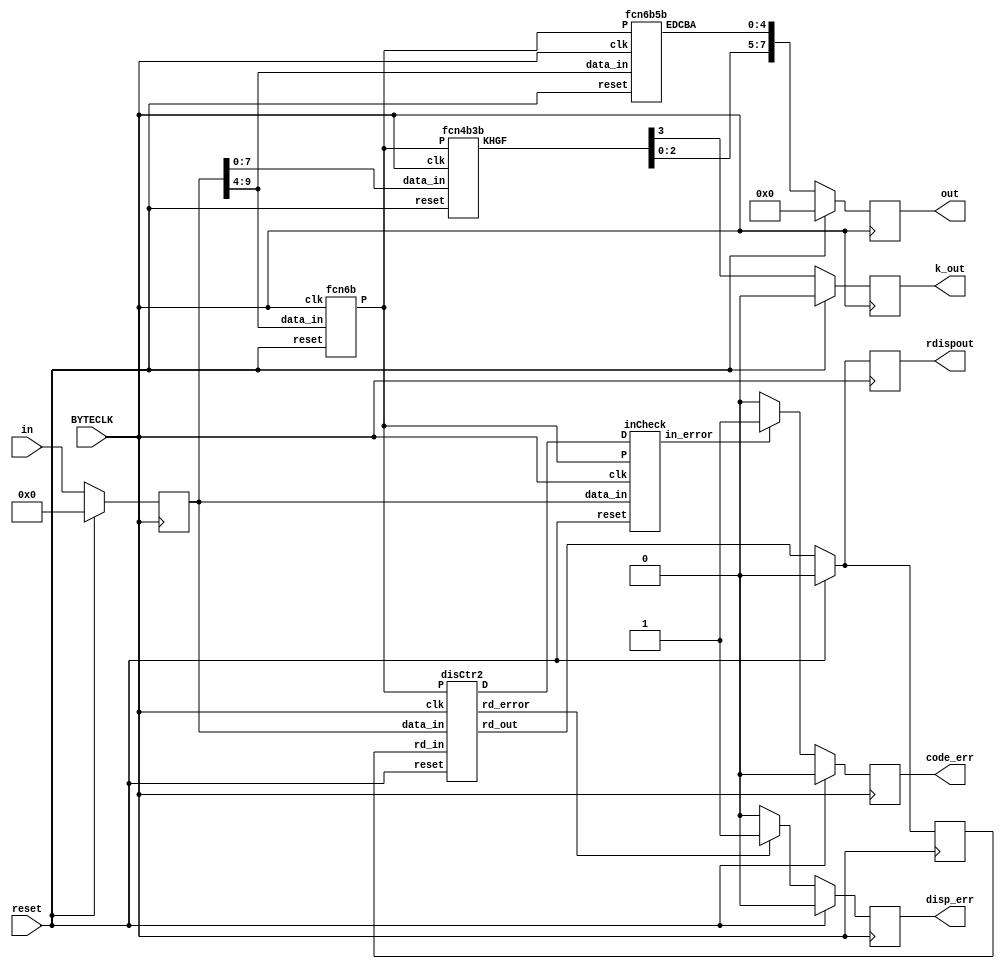
`timescale 1ns / 1ps
//////////////////////////////////////////////////////////////////////////////////
// Company: 
// Engineer: 
// 
// Design Name: 
// Module Name: Dec8B10B
// Project Name: 
// Target Devices: 
// Tool Versions: 
// Description: 
// 
// Dependencies: 
// 
// Revision:
// Revision 0.01 - File Created
// Additional Comments:
// 
//////////////////////////////////////////////////////////////////////////////////


module Dec8B10B(
    input BYTECLK, 
    input reset,
    input [9:0] in,
    output reg rdispout,
    output reg disp_err,
    output reg code_err,
    output reg k_out,
    output reg [7:0] out
    );
    
    // Variable to hold values 
    wire clk = BYTECLK; 
    wire [4:0] EDCBA;
    wire [3:0] KHGF, D;
    wire [2:0] P;
    wire rd_out, rd_error, in_error;
    
    reg [9:0] data_in;
    reg rd_in;
    
    fcn6b   f6b(clk, reset, data_in[9:4], P);
    inCheck err(clk, reset, data_in, P, D, in_error); 
    fcn6b5b f65(clk, reset, data_in[9:4], P, EDCBA);
    fcn4b3b f43(clk, reset, data_in[7:0], P, KHGF);
    disCtr2 dis(clk, reset, data_in, rd_in, P, D, rd_out, rd_error);
    
    always @(posedge clk)
    begin
        if (reset) begin 
            data_in = 0;
            rd_in = 0;
        end else begin
            rd_in = rd_out; 
            data_in = in;
        end
    end
    
    always @(posedge clk)
    begin
        if (reset) begin 
            out <= 8'b0;
            k_out <= 0;
            disp_err <= 0;
            code_err <= 0;
            rdispout <= 0;
        end else begin 
            out <= {KHGF[2:0], EDCBA};
            k_out <= KHGF[3];
            rdispout <= rd_out;
            // If there is error from input, set 1 to code_err, ignore the result
            if (in_error)   code_err <= 1;
            else            code_err <= 0;
            // If there is disparity error, set 1 to disp_err, still give out result
            if (rd_error)   disp_err <= 1;
            else            disp_err <= 0;
        end
    end
endmodule


`timescale 1ns / 1ps
//////////////////////////////////////////////////////////////////////////////////
// Company: 
// Engineer: 
// 
// Design Name: 
// Module Name: fcn6b
// Project Name: 
// Target Devices: 
// Tool Versions: 
// Description: 
// 
// Dependencies: 
// 
// Revision:
// Revision 0.01 - File Created
// Additional Comments:
// 
//////////////////////////////////////////////////////////////////////////////////


module fcn6b(
    input clk, 
    input reset,
    input [5:0] data_in,
    output [2:0] P
    );
    
    wire a, b, c, d, e, i, P13, P22, P31;
    assign {a, b, c, d, e, i} = data_in;
    
    assign P13 = ((a^b) & ~c & ~d) | 
                 (~a & ~b & (c^d)) ;                // a and b diff, c=d=0 OR a=b=0, c and d diff
    assign P31 = ((a^b) & c & d) | (a & b & (c^d)); // a and b diff, c=d=1 OR a=b=1, c and d diff 
    assign P22 = (a & b & ~c & ~d) |
                 (c & d & ~a & ~b) |                  // a=b=1, c=d=0 OR a=b=0, c=d=1
                 ((a^b) & (c^d)) ;                    // a,b diff, c,d diff, so 2 1s and 2 0s         
     assign P = {P13, P22, P31};
endmodule


`timescale 1ns / 1ps
//////////////////////////////////////////////////////////////////////////////////
// Company: 
// Engineer: 
// 
// Design Name: 
// Module Name: inCheck
// Project Name: 
// Target Devices: 
// Tool Versions: 
// Description: 
// 
// Dependencies: 
// 
// Revision:
// Revision 0.01 - File Created
// Additional Comments:
// 
//////////////////////////////////////////////////////////////////////////////////


module inCheck(
    input clk, 
    input reset,
    input [9:0] data_in,
    input [2:0] P,
    input [3:0] D,
    output in_error
    );
    
    wire a, b, c, d, e, i, f, g, h, j;
    assign {a, b, c, d, e, i, f, g, h, j} = data_in;
    wire P13, P22, P31, PD0S6, ND0S6, PD0S4, ND0S4; 
    assign {P13, P22, P31} = P;
    assign {PD0S6, ND0S6, PD0S4, ND0S4} = D;
    
    // All invalid input cases
    reg case1, case2, case3, case4, case5, case6, case7, case8, case9; 
    always @(posedge clk) 
    begin
        // These cover all +6, +4 disparity cases in 6B/5B
        case1 = (a & b & c & d) | (~a & ~b & ~c & ~d) | (P13 & ~e & ~i) | (P31 & e & i);
        // These cover all +4 disparity cases in 4B/3B
        case2 = (f & g & h & j) | (~f & ~g & ~h & ~j);
        // These cover all cases of run-length 6 (D.7)
        case3 = (a & b & c & ~d & ~e & ~i & ND0S4) | (~a & ~b & ~c & d & e & i & PD0S4);
        // These cover all cases of run-length 6 (D.x.3)
        case4 = (f & g & ~h & ~j & PD0S6) | (~f & ~g & h & j & ND0S6);
        // These cover all cases of run-length 5
        case5 = (e & i & f & g & h) | (~e & ~i & ~f & ~g & ~h) | 
                (d & e & i & f & g) | (~d & ~e & ~i & ~f & ~g) ;
        // These cover all anti-case of run-length 5
        case6 = (i & ~e & ~g & ~h & ~j) | (~i & e & g & h & j);
        // These are the 2 samples that are not covered by equations
        case7 = (~a & ~b & c & d & e & i & ~f & ~g & ~h & j) |
                (a & b & ~c & ~d & ~e & ~i & f & g & h & ~j) ;
        // Do not know why but it is what it is 
        case8 = ((e & i & ~g & ~h & ~j) & ((c ^ d) | (d ^ e))) |
                ((~e & ~i & g & h & j) & ((c ^ d) | (d ^ e))) |
                (~P31 & e & ~i & ~g & ~h & ~j) | (~P13 & ~e & i & g & h & j) ;
        // These cover all cases +4 or -4 total disparity
        case9 = (PD0S6 & PD0S4) | (ND0S6 & ND0S4) ;
    end
    
    assign in_error = case1 | case2 | case3 | case4 | case5 
                    | case6 | case7 | case8 | case9;
endmodule   


`timescale 1ns / 1ps
//////////////////////////////////////////////////////////////////////////////////
// Company: 
// Engineer: 
// 
// Design Name: 
// Module Name: fcn6b5b
// Project Name: 
// Target Devices: 
// Tool Versions: 
// Description: 
// 
// Dependencies: 
// 
// Revision:
// Revision 0.01 - File Created
// Additional Comments:
// 
//////////////////////////////////////////////////////////////////////////////////


module fcn6b5b(
    input clk, 
    input reset,
    input [5:0] data_in,
    input [2:0] P,
    output [4:0] EDCBA
    );
    
    wire a, b, c, d, e, i;
    assign {a, b, c, d, e, i} = data_in;
    wire P13, P22, P31; 
    assign {P13, P22, P31} = P;
    reg A, B, C, D, E;
    
    always @(posedge clk)
    begin
        A = a ^ ((P22 & ~b & ~c & ~(e^i)) |
                (P31 & i)               |
                (P13 & d & e & i)       |
                (P22 & ~a & ~c & ~(e^i))|
                (P13 & ~e)              |
                (a & b & e & i)         |
                (~c & ~d & ~e & ~i));
        B = b ^ (((a & b & e & i) | ~(c | d | e | i) | (P31 & i))
              ^ ((P22 & a & c & ~(e ^ i)) | (P13 & ~e))
              ^ ((P22 & b & c & ~(e ^ i)) | (P13 & d & e & i)));
        C = c ^ (((P31 & i) | (P22 & b & c & ~(e ^ i)) | (P13 & d & e & i))
              | ((P22 & ~a & ~c & ~(e ^ i)) | (P13 & ~e))
              | ((P13 & ~e) | ~(c | d | e | i) | ~(a | b | e | i)));
        D = d ^ (((a & b & e & i) | ~(c | d | e | i) | (P31 & i))
              ^ ((P22 & a & c & ~(e ^ i)) | (P13 & ~e))
              ^ ((P13 & d & e & i) | (P22 & ~b & ~c & ~(e ^ i))));
        E = e ^ (((P22 & ~a & ~c & ~(e ^ i)) | (P13 & ~i))
              ^ ((P13 & ~e) | ~(c | d | e | i) | ~(a | b | e | i))
              ^ ((P13 & d & e & i) | (P22 & ~b & ~c & ~(e ^ i))));
    end
                 
    assign EDCBA = {E, D, C, B, A};
endmodule


`timescale 1ns / 1ps
//////////////////////////////////////////////////////////////////////////////////
// Company: 
// Engineer: 
// 
// Design Name: 
// Module Name: fcn4b3b
// Project Name: 
// Target Devices: 
// Tool Versions: 
// Description: 
// 
// Dependencies: 
// 
// Revision:
// Revision 0.01 - File Created
// Additional Comments:
// 
//////////////////////////////////////////////////////////////////////////////////


module fcn4b3b(
    input clk, 
    input reset,
    input [7:0] data_in,
    input [2:0] P,
    output [3:0] KHGF
    );
    
    wire c, d, e, i, f, g, h, j;
    assign {c, d, e, i, f, g, h, j} = data_in;
    wire P13, P22, P31; 
    assign {P13, P22, P31} = P;
    reg K, F, G, H;
    
    always @(posedge clk)
    begin
        F = f ^ (((g & h & j) | (f & h & j) | ((h ^ j) & ~(c | d | e | i)))
              ^ ((f & g & j) | ~(f | g | h) | (~f & ~g & h & j)));
        G = g ^ (((f & g & j) | ~(f | g | h) | (~f & ~g & h & j))
              ^ ((~f & ~h & ~j) | ((h ^ j) & ~(c | d | e | i)) | (~g & ~h & ~j)));
        H = h ^ (((f & g & j) | ~(f | g | h) | (~f & ~g & h & j))
              ^ ((~g & ~h & ~j) | (f & h & j) | ((h ^ j) & ~(c | d | e | i))));
        K = ((c & d & e & i) | (~c & ~d & ~e & ~i)) ^
            (~e & i & g & h & j & P13) ^ (e & ~i & ~g & ~h & ~j & P31);  
    end
    
    assign KHGF = {K, H, G, F};
endmodule


`timescale 1ns / 1ps
//////////////////////////////////////////////////////////////////////////////////
// Company: 
// Engineer: 
// 
// Design Name: 
// Module Name: disCtrl
// Project Name: 
// Target Devices: 
// Tool Versions: 
// Description: 
// 
// Dependencies: 
// 
// Revision:
// Revision 0.01 - File Created
// Additional Comments:
// 
//////////////////////////////////////////////////////////////////////////////////


module disCtr2(
    input clk, 
    input reset,
    input [9:0] data_in,
    input rd_in,
    input [2:0] P,
    output [3:0] D,
    output reg rd_out,
    output reg rd_error
    );
    
    wire a, b, c, d, e, i, f, g, h, j;
    assign {a, b, c, d, e, i, f, g, h, j} = data_in;
    wire P13, P22, P31;
    assign {P13, P22, P31} = P;
    
    /* Disparity check for 6B/5B */
    // If either PD1S6 or ND1S6 is set, then RD6 is changed 
    wire PD1S6, ND0S6, ND1S6, PD0S6, RD6;
    assign PD1S6 = (P22 & ~e & ~i) | (P13 & ~i) | (P13 & d & e & i) | (P13 & ~e);
    assign ND1S6 = (P22 & e & i) | (P31 & i) | (P31 & ~d & ~e & ~i) | (P31 & e);
    assign PD0S6 = (P22 & e & i) | (P31 & i) | (P31 & e);
    assign ND0S6 = (P22 & ~e & ~i) | (P13 & ~i) | (P13 & ~e);
    assign RD6 = (PD0S6 | ND0S6);  
    /* Disparity check for 4B/3B */  
    // If either PD1S5 or ND1S4 is set, then RD4 is changed
    wire ND1S4, ND0S4, PD1S4, PD0S4, RD4, rd_in_s4;
    assign rd_in_s4 = RD6 ^ rd_in; 
    assign PD1S4 = (~f & ~h & ~j) | (~f & ~g & h & j) | (~f & ~g & ~j) |
                   (~f & ~g & ~h) | (~g & ~h & ~j) ;
    assign ND1S4 = (f & h & j) | (f & g & ~h & ~j) | (f & g & j) | 
                   (f & g & h) | (g & h & j) ;
    assign PD0S4 = (f & h & j) | (f & g & j) | (f & g & h) | (g & h & j);
    assign ND0S4 = (~f & ~h & ~j) |  (~f & ~g & ~j) | 
                   (~f & ~g & ~h) | (~g & ~h & ~j) ;
    assign RD4 = (PD0S4 | ND0S4);
    /* Disparity checking for error */
    always @(posedge clk) 
    begin
        if (reset) rd_error = 0;
        else
        rd_error <= (rd_in & PD0S6)       |   // rd_in is +, but dis of 6B/5B is +2
                    (~rd_in & ND0S6)      |   // rd_in is -, but dis of 6B/5B is -2
                    (rd_in_s4 & PD0S4)    |   // rd_in_s4 is +, but dis of 4B/3B is +2
                    (~rd_in_s4 & ND0S4)   ;   // rd_in_s4 is -, but dis of 4B/3B is -2   
    end
    /* Running disparity of the end */
    wire rd_cur;
    assign rd_cur = RD6 ^ RD4;          // Running disparity of current input
    always @(posedge clk) 
    begin
        if (reset) rd_out = 0;
        else rd_out <= rd_cur ^ rd_in;  // Use running disparity of current input to determine if we
                                        //  need to change entry running disparity of the next input.
    end
    assign D = {PD0S6, ND0S6, PD0S4, ND0S4};
endmodule